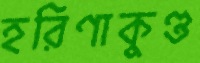
হরিণাকুণ্ড